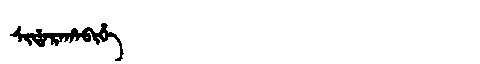
Manchu: ᠰᡳᡩᠠᡵᠠᡥᠠᠪᡳᡥᡝ
Romanization: SIDARAHABIHE